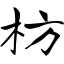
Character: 枋